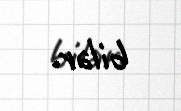
bilər.